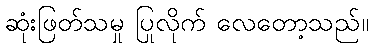
ဆုံးဖြတ်သမှု ပြုလိုက် လေတော့သည်။